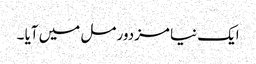
ایک نیا مزدور مل میں آیا ۔